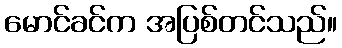
မောင်ခင်က အပြစ်တင်သည်။